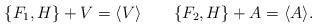
LaTeX: \begin{align*} \{F_1,H\}+V=\langle V\rangle\quad\quad\{F_2,H\}+A=\langle A\rangle.\end{align*}